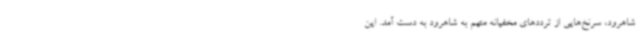
شاهرود، سرنخ‌هایی از ترددهای مخفیانه متهم به شاهرود به دست آمد. این